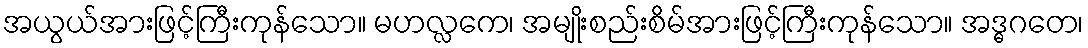
အယွယ်အားဖြင့်ကြီးကုန်သော။ မဟလ္လကေ၊ အမျိုးစည်းစိမ်အားဖြင့်ကြီးကုန်သော။ အဒ္ဓဂတေ၊